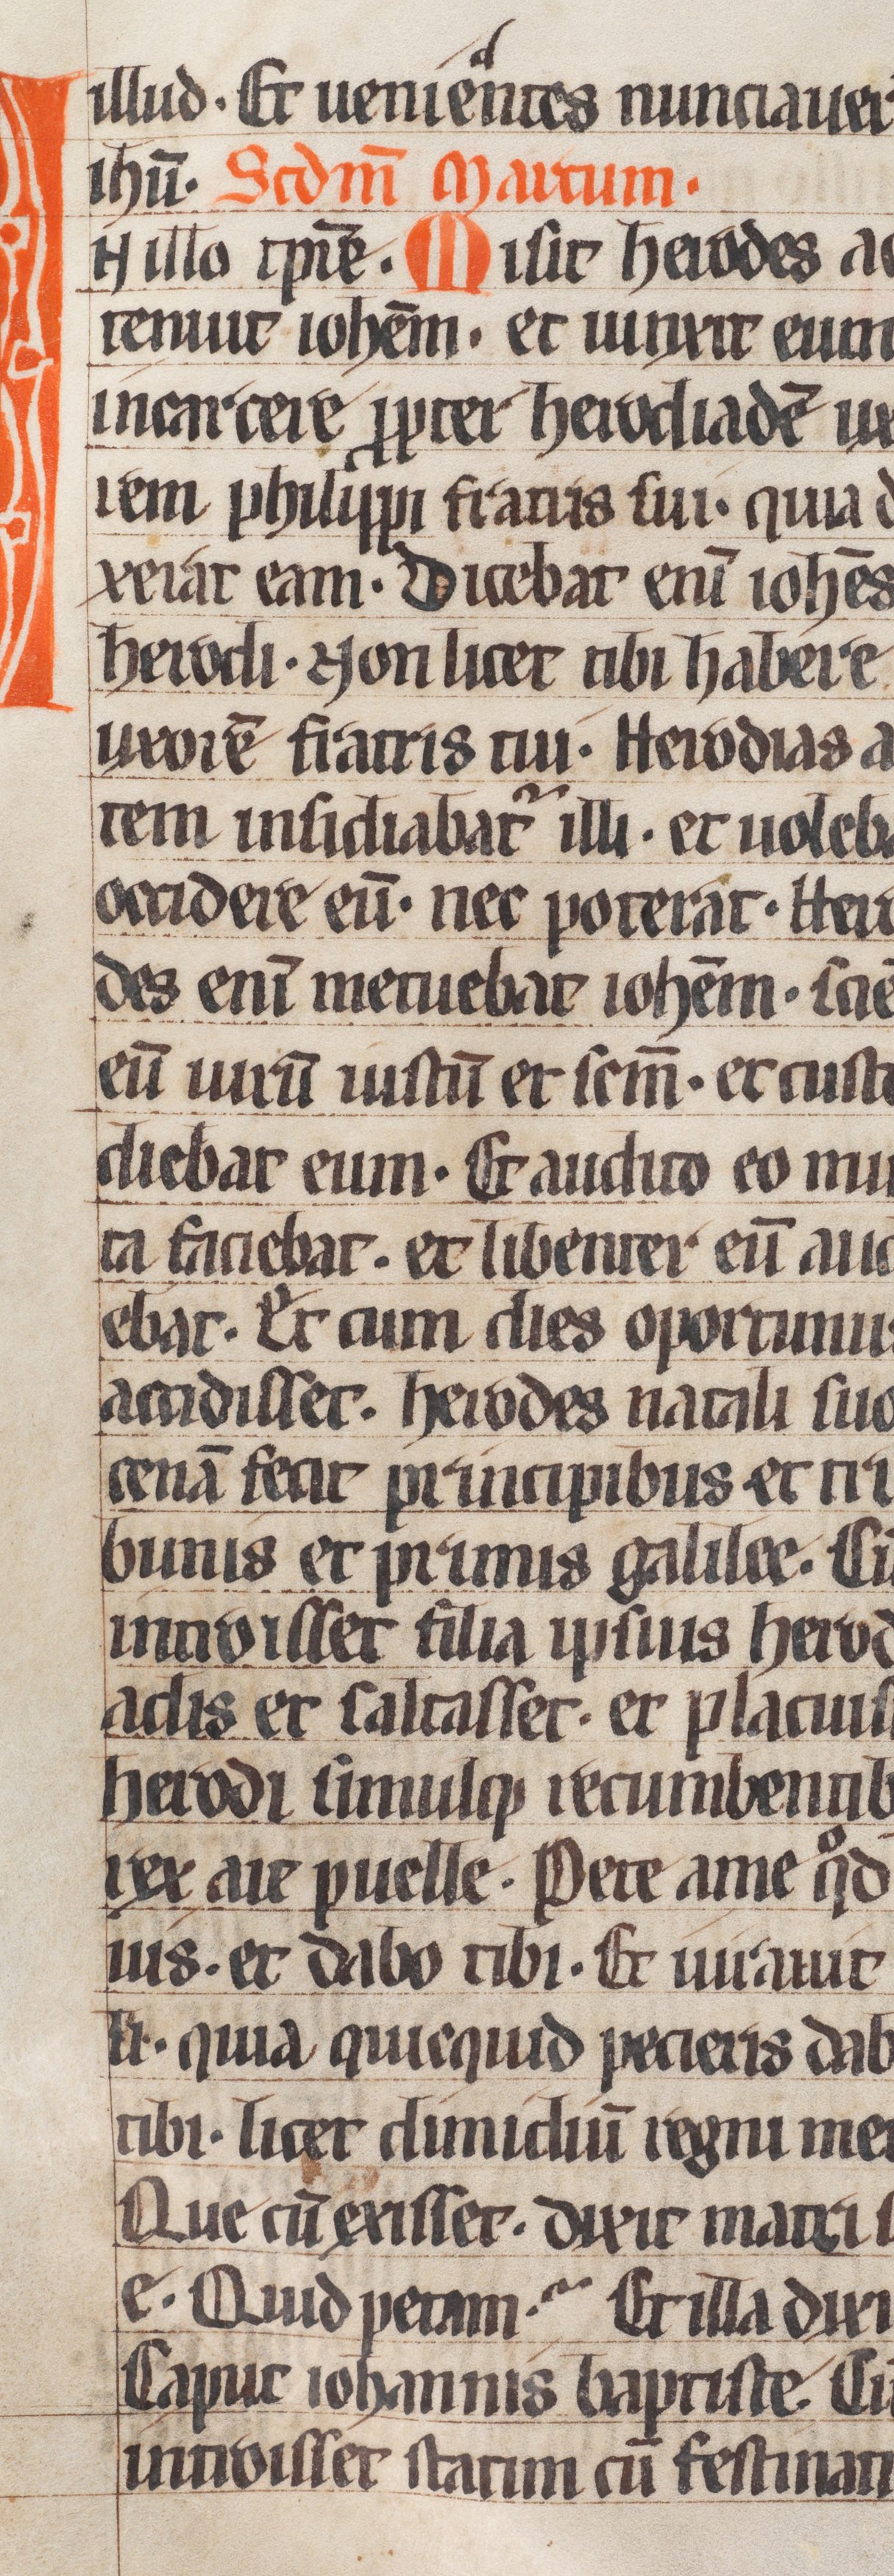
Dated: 1250–1299